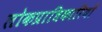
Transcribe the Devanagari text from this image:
लोकप्राधिकारियों